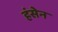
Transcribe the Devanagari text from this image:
हंसेन